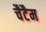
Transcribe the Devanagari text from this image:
चैटैम